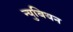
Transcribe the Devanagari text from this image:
न्युबियन